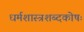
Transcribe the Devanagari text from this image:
धर्मशास्त्रशब्दकोषः